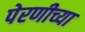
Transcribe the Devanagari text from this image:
पेरणीच्या